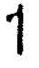
1